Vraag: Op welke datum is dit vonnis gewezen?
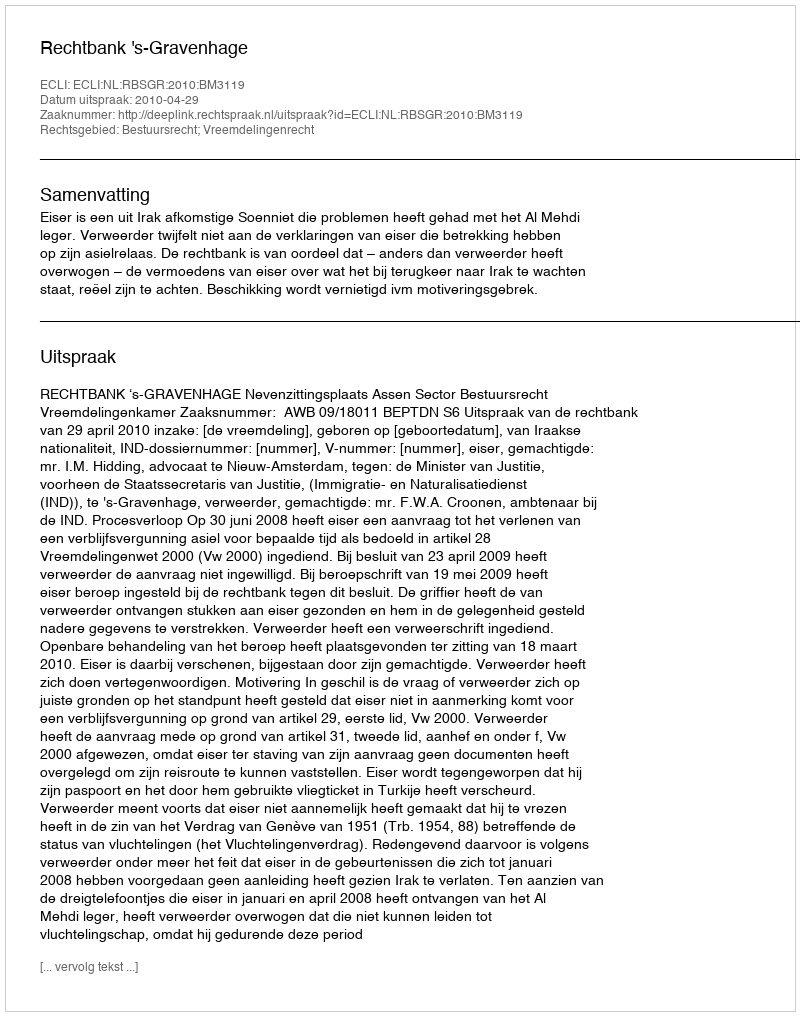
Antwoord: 2010-04-29